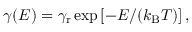
\begin{array} { r } { \gamma ( E ) = \gamma _ { \mathrm { r } } \exp \left[ - E / ( k _ { \mathrm { B } } T ) \right] , } \end{array}